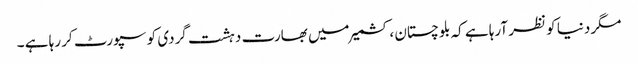
مگر دنیا کو نظر آرہا ہے کہ بلوچستان ، کشمیر میں بھارت دہشت گردی کو سپورٹ کر رہا ہے ۔